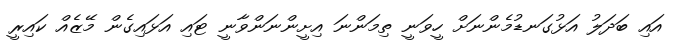
އައި ބަދަލު އަޅުގަނޑުމެންނަށް ހީވަނީ ތިމަންނަ އިށީންނަންވާނީ ޓައި އަޅައިގެން މޭޒެއް ކައިރީ